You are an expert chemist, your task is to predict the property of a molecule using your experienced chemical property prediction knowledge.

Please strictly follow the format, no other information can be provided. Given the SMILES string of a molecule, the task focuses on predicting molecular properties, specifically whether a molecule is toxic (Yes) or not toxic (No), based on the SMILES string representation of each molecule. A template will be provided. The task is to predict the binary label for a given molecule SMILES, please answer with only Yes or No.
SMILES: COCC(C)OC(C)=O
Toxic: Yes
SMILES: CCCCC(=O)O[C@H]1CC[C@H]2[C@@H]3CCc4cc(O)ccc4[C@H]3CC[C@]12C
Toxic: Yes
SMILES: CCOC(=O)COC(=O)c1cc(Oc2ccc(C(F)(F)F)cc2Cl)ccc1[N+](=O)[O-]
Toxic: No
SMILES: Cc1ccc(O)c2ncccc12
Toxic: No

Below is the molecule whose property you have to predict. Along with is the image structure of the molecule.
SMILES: CC1Cc2ccccc2N1NC(=O)c1ccc(Cl)c(S(N)(=O)=O)c1
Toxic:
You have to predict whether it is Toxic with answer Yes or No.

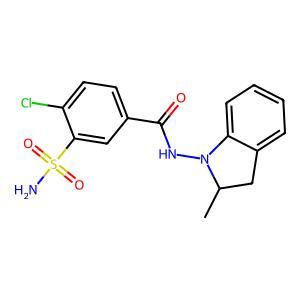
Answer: No